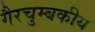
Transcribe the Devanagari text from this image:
गैरचुम्बकीय